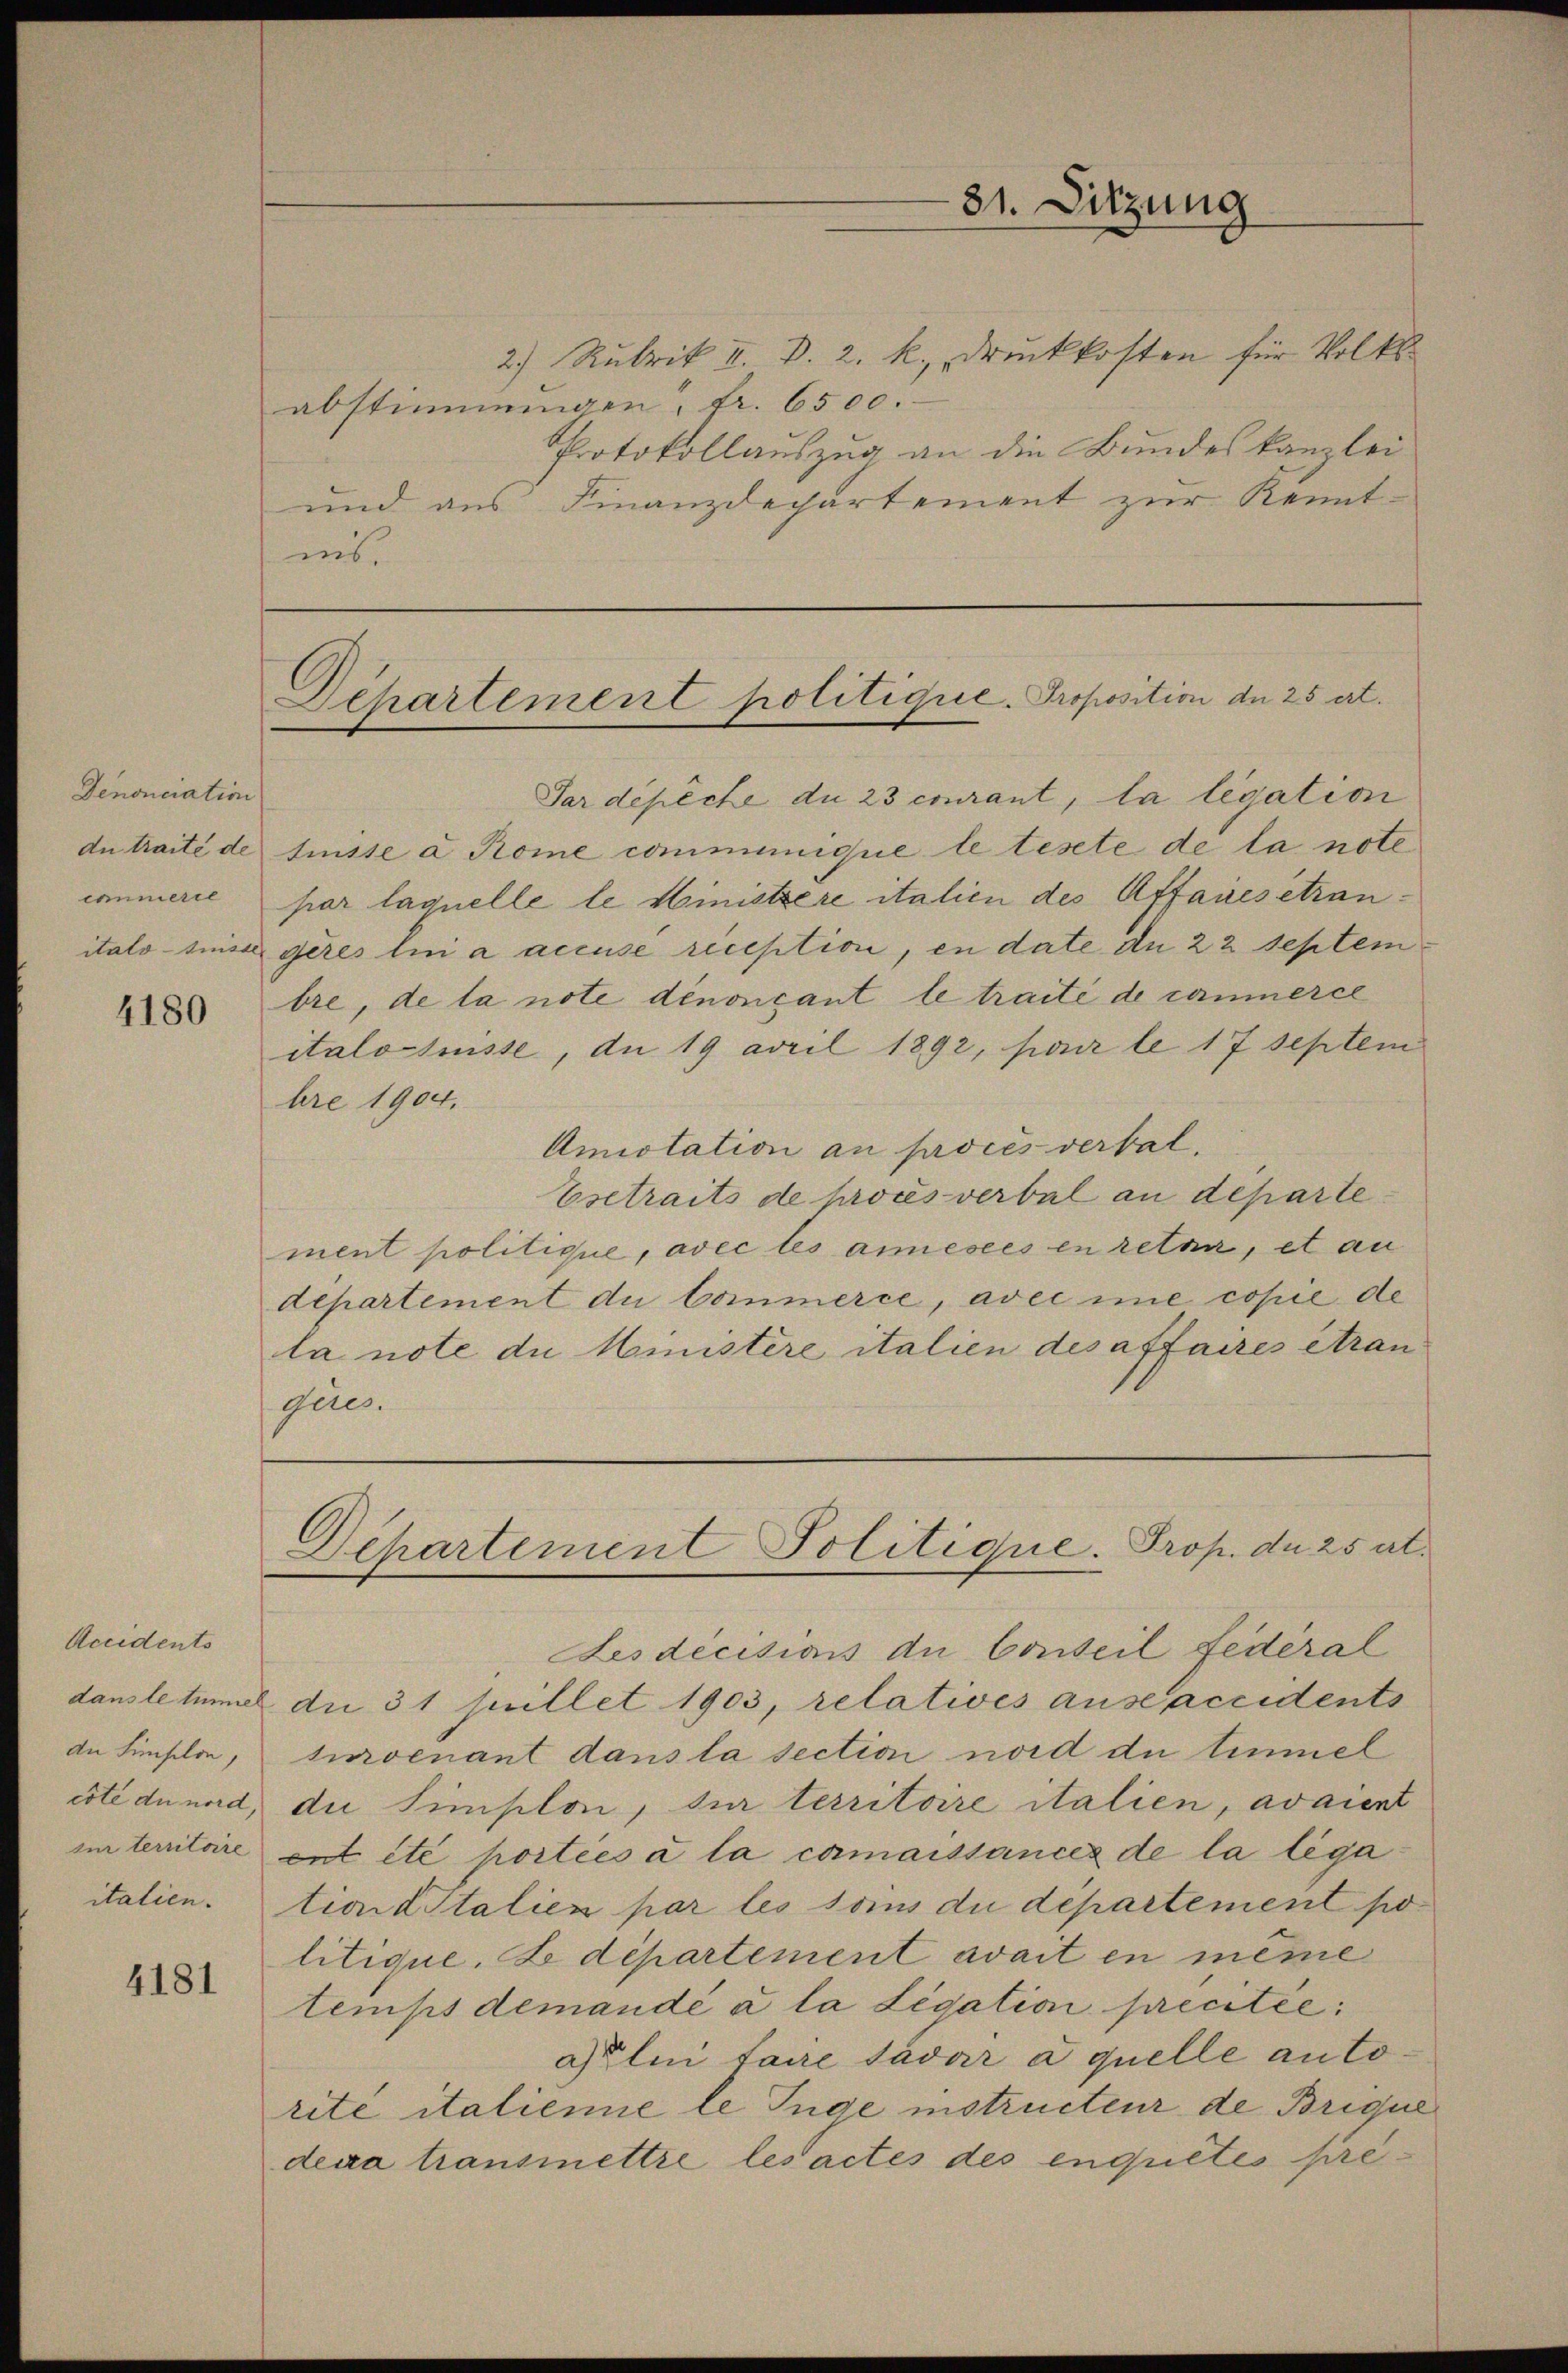
Denonciation
du traité de
immerte
itálo-Inisae

4180

2) Rubrik II. D. 2. k. druckkosten für Volks-
abstimmungen fr. 6500.
Protokollauszug an die Bundeskanzlei
und aus Finanzdechartement zur Kenntins

Accidents
dn Simselon,
esté du nord,
sun territoire
italien.

4181

81. Sitzung

Departement politique. Proposition de 25 ert.

Pardépèche du 23 courant, la legation
tnisse a Rome communique le teste de la note
par laquelle le Ministrere italien des Affaues étrangères lui a accuse reception, en date du 22 septem
bre, de la note denonçant le traité de commerce
italschnisse, du 19 avril 1892, pour le 17 septem
hre 1904.
Anotation an procès verbal¬
Esetraits de proces verbal an departement politique, avec les annesees en retar, et an
departement du Commerce, avec ime copie de
la note die Ministère italien des affaires étran
gies.
Departement Politique. Prop. da 25 rt.
Sesdecisions an Conseil fédéral
danstetumal die 31 Juillet 1903, relatives anscaccidents
turvenant dans la section und die Einmel
die Simplon, der territoire italien, avaient
ent été hortées à la camaissances de la léga
tionditalien par les soins du département po
litique. Le département avait in meine
temps demandé a la Legation precitie
Celui faire sadar a quelle autorite italienne le Juge instructeur de Brique
dexa transmettre les actes des enquetes pre-